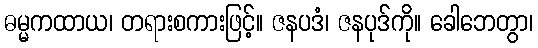
ဓမ္မကထာယ၊ တရားစကားဖြင့်။ ဇနပဒံ၊ ဇနပုဒ်ကို။ ခေါဘေတွာ၊